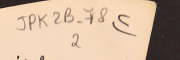
JPK2B-78			٢)		2